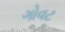
ગોવટ